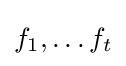
f_{1},\ldots f_{t}